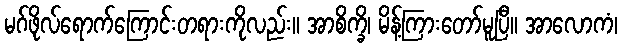
မဂ်ဖိုလ်ရောက်ကြောင်းတရားကိုလည်း။ အာစိက္ခိ၊ မိန့်ကြားတော်မူပြီ။ အာလောကံ၊